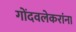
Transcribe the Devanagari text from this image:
गोंदवलेकरांना